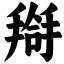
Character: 搿